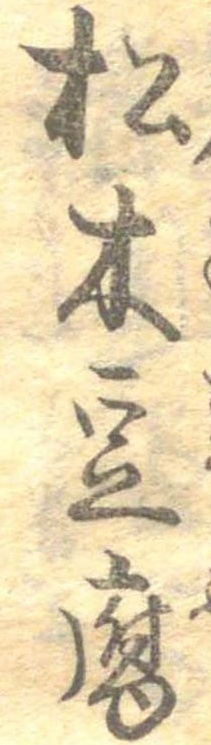
松木豆腐